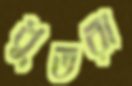
ধুতরা